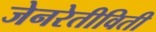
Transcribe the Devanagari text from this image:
जेनरेतीविती